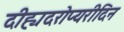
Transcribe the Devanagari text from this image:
दीह्यदरोप्यरीदिन